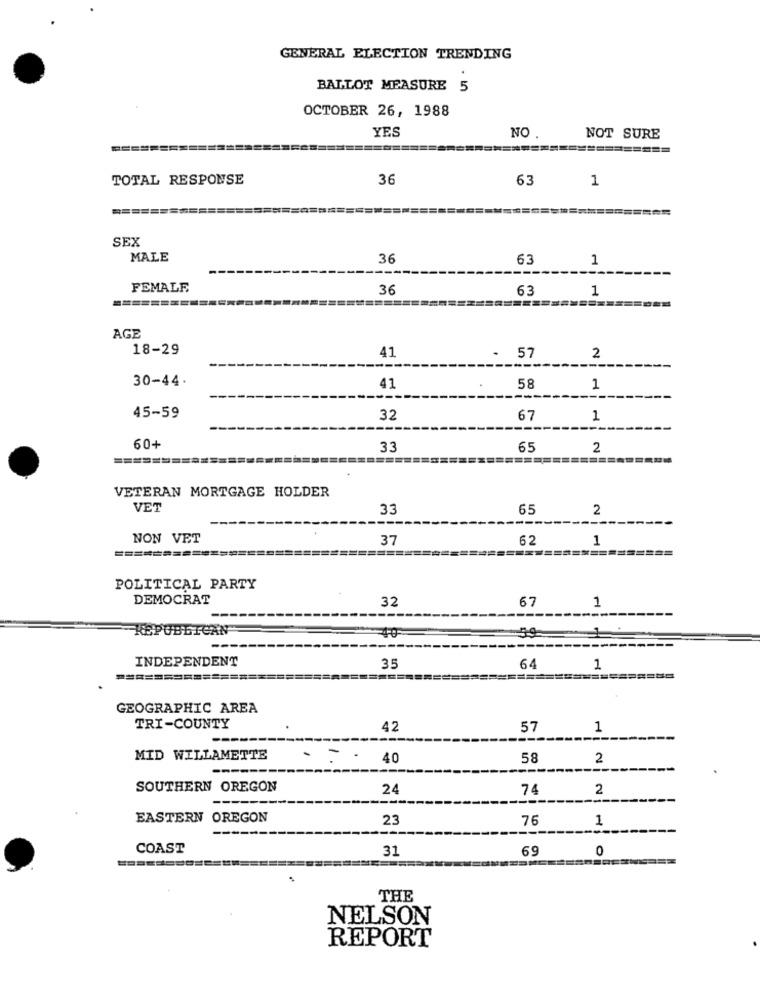
GENERAL ELECTION TRENDING
BALLOT MEASURE 5
OCTOBER 26, 1988
YES
NO .
NOT SURE
TOTAL RESPONSE
36
63
1
SEX
MALE
36
63
1
FEMALE
36
63
1
AGE
18-29
41
- 57
2
30-44.
41
58
1
45-59
32
67
1
60+
33
65
2
======
===========
VETERAN MORTGAGE HOLDER
VET
33
65
2
---
NON VET
37
62
1
POLITICAL PARTY
DEMOCRAT
32
67
1
KEPUBLICAN
59
40
INDEPENDENT
35
64
1
=============
GEOGRAPHIC AREA
TRI-COUNTY
42
57
1
MID WILLAMETTE
40
58
2
SOUTHERN OREGON
24
74
2
EASTERN OREGON
23
76
1
COAST
31
69
0
THE
NELSON
REPORT